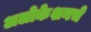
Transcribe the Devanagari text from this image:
अलोकेशनचे